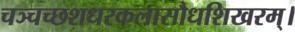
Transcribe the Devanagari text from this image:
चञ्चच्छशधरकलासौधशिखरम्।